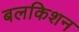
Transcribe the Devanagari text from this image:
बलकिशन